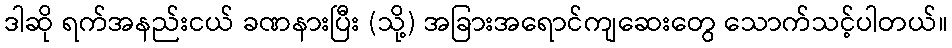
ဒါဆို ရက်အနည်းငယ် ခဏနားပြီး (သို့) အခြားအရောင်ကျဆေးတွေ သောက်သင့်ပါတယ်။